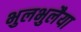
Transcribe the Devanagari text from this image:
भुलभुलैया